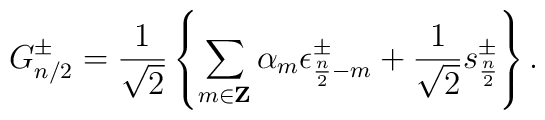
G^\pm_{n/2} = {1\over\sqrt2} \left\{ \sum_{m\in{\bf Z}}	\alpha_{m} \epsilon^\pm_{{n\over2}-m} +	{1\over\sqrt2} s^\pm_{n\over2} \right\} .